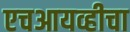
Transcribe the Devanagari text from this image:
एचआयव्हीचा